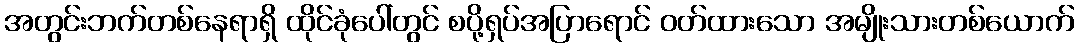
အတွင်းဘက်တစ်နေရာရှိ ထိုင်ခုံပေါ်တွင် စပို့ရှပ်အပြာရောင် ဝတ်ထားသော အမျိုးသားတစ်ယောက်